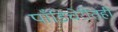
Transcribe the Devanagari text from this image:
पाँडिचेरीतही